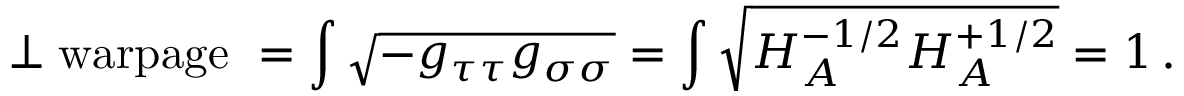
\perp \mathrm { w a r p a g e \ } = \int \sqrt { - g _ { \tau \tau } g _ { \sigma \sigma } } = \int \sqrt { H _ { A } ^ { - 1 / 2 } H _ { A } ^ { + 1 / 2 } } = 1 \, .